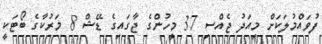
ފުވައްމުލަކަށް މިއަދު ޖެއްސި 37 މީހުންގެ ޖާގައިގެ ޑޭޝް 8 މަރުކާގެ ބޯޓަކީ